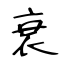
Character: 衰